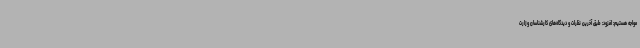
مواجه هستیم: افزود: طبق آخرین نظرات و دیدگاه‌های کارشناسان وزارت